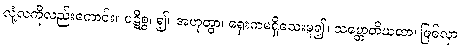
လုံ့လကိုလည်းကောင်း။ ပဋိစ္စ၊ ၍။ အဟုတွာ၊ ရှေးကမရှိသေးမူ၍။ သမ္ဘောတိယထာ၊ ဖြစ်လှာ